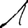
Digit: 1